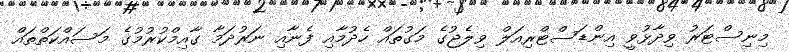
މިނިސްޓަރު ވިދާޅުވީ އިންޑަސްޓްރިއަލް ވިލެޖުގެ މަގުތައް ހެދުމާއި ފެނާއި ނަރުދަމާ ގާއިމްކުރުމުގެ މަސައްކަތްތައް